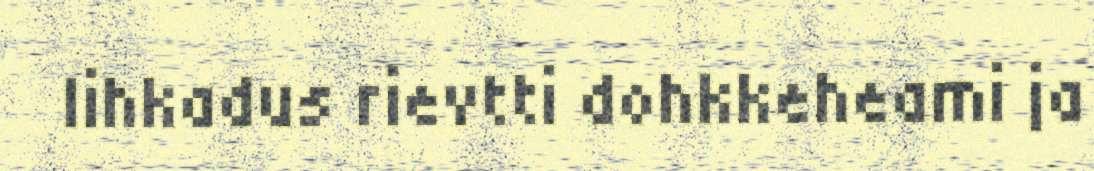
lihkadus rievtti dohkkeheami ja